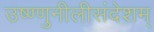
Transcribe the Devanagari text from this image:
उष्ण्णुनीलीसंदेशम्